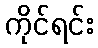
ကိုင်ရင်း